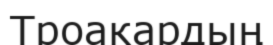
Троакардың